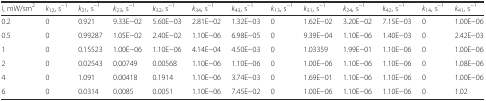
<table><thead><tr><td><b><i>I</i>, mW/sm<sup>2</sup></b></td><td><b><i>k</i><sub>12</sub>, s<sup>−1</sup></b></td><td><b><i>k</i><sub>21</sub>, s<sup>−1</sup></b></td><td><b><i>k</i><sub>23</sub>, s<sup>−1</sup></b></td><td><b><i>k</i><sub>32</sub>, s<sup>−1</sup></b></td><td><b><i>k</i><sub>34</sub>, s<sup>−1</sup></b></td><td><b><i>k</i><sub>43</sub>, s<sup>−1</sup></b></td><td><b><i>k</i><sub>13</sub>, s<sup>−1</sup></b></td><td><b><i>k</i><sub>31</sub>, s<sup>−1</sup></b></td><td><b><i>k</i><sub>24</sub>, s<sup>−1</sup></b></td><td><b><i>k</i><sub>42</sub>, s<sup>−1</sup></b></td><td><b><i>k</i><sub>14</sub>, s<sup>−1</sup></b></td><td><b><i>k</i><sub>41</sub>, s<sup>−1</sup></b></td></tr></thead><tbody><tr><td>0.2</td><td>0</td><td>0.921</td><td>9.33E−02</td><td>5.60E−03</td><td>2.81E−02</td><td>1.32E−03</td><td>0</td><td>1.62E−02</td><td>3.20E−02</td><td>7.15E−03</td><td>0</td><td>1.00E−06</td></tr><tr><td>0.5</td><td>0</td><td>0.99287</td><td>1.05E−02</td><td>2.40E−02</td><td>1.10E−06</td><td>6.98E−05</td><td>0</td><td>9.39E−04</td><td>1.10E−06</td><td>1.40E−03</td><td>0</td><td>2.42E−03</td></tr><tr><td>1</td><td>0</td><td>0.15523</td><td>1.00E−06</td><td>1.10E−06</td><td>4.14E−04</td><td>4.50E−03</td><td>0</td><td>1.03359</td><td>1.99E−01</td><td>1.10E−06</td><td>0</td><td>1.00E−06</td></tr><tr><td>2</td><td>0</td><td>0.02543</td><td>0.00749</td><td>0.00568</td><td>1.10E−06</td><td>1.10E−06</td><td>0</td><td>1.00E−06</td><td>1.10E−06</td><td>1.10E−06</td><td>0</td><td>1.08E−06</td></tr><tr><td>4</td><td>0</td><td>1.091</td><td>0.00418</td><td>0.1914</td><td>1.10E−06</td><td>3.74E−03</td><td>0</td><td>1.69E−01</td><td>1.10E−06</td><td>1.10E−06</td><td>0</td><td>1.00E−06</td></tr><tr><td>6</td><td>0</td><td>0.0314</td><td>0.0085</td><td>0.0051</td><td>1.10E−06</td><td>7.45E−02</td><td>0</td><td>1.00E−06</td><td>1.10E−06</td><td>1.10E−06</td><td>0</td><td>1.02</td></tr></tbody></table>